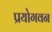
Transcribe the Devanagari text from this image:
प्रयोगवन